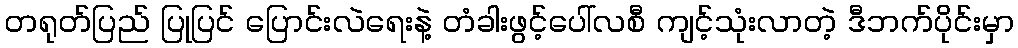
တရုတ်ပြည် ပြုပြင် ပြောင်းလဲရေးနဲ့ တံခါးဖွင့်ပေါ်လစီ ကျင့်သုံးလာတဲ့ ဒီဘက်ပိုင်းမှာ